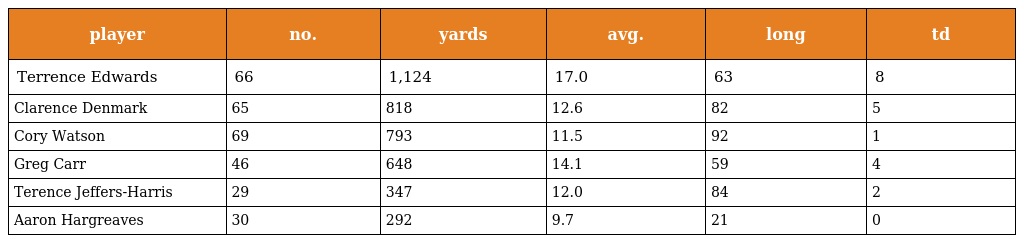
| player | no. | yards | avg. | long | td |
 | --- | --- | --- | --- | --- | --- |
 | Terrence Edwards | 66 | 1,124 | 17.0 | 63 | 8 |
 | Clarence Denmark | 65 | 818 | 12.6 | 82 | 5 |
 | Cory Watson | 69 | 793 | 11.5 | 92 | 1 |
 | Greg Carr | 46 | 648 | 14.1 | 59 | 4 |
 | Terence Jeffers-Harris | 29 | 347 | 12.0 | 84 | 2 |
 | Aaron Hargreaves | 30 | 292 | 9.7 | 21 | 0 |